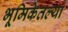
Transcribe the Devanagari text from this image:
भूमिकेतल्या